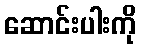
ဆောင်းပါးကို